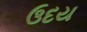
ઉદય